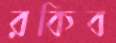
রকিব